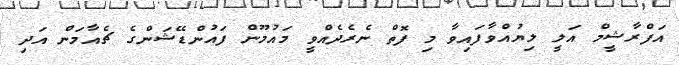
އަފްރާޝީމް އަލީ ލިޔުއްވާފައިވާ މި ފޮތް ނެރެދެއްވީ މައުމޫން ފައުންޑޭޝަންގެ ޗެއާމަން އަދި